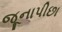
જૂનાપીછા